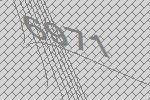
6971